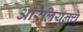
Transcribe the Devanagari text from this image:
ऑरेलियनचे